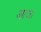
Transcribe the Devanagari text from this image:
आज।